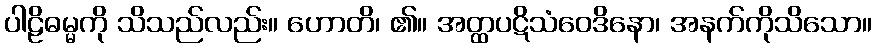
ပါဠိဓမ္မကို သိသည်လည်း။ ဟောတိ၊ ၏။ အတ္ထပဋိသံဝေဒိနော၊ အနက်ကိုသိသော။